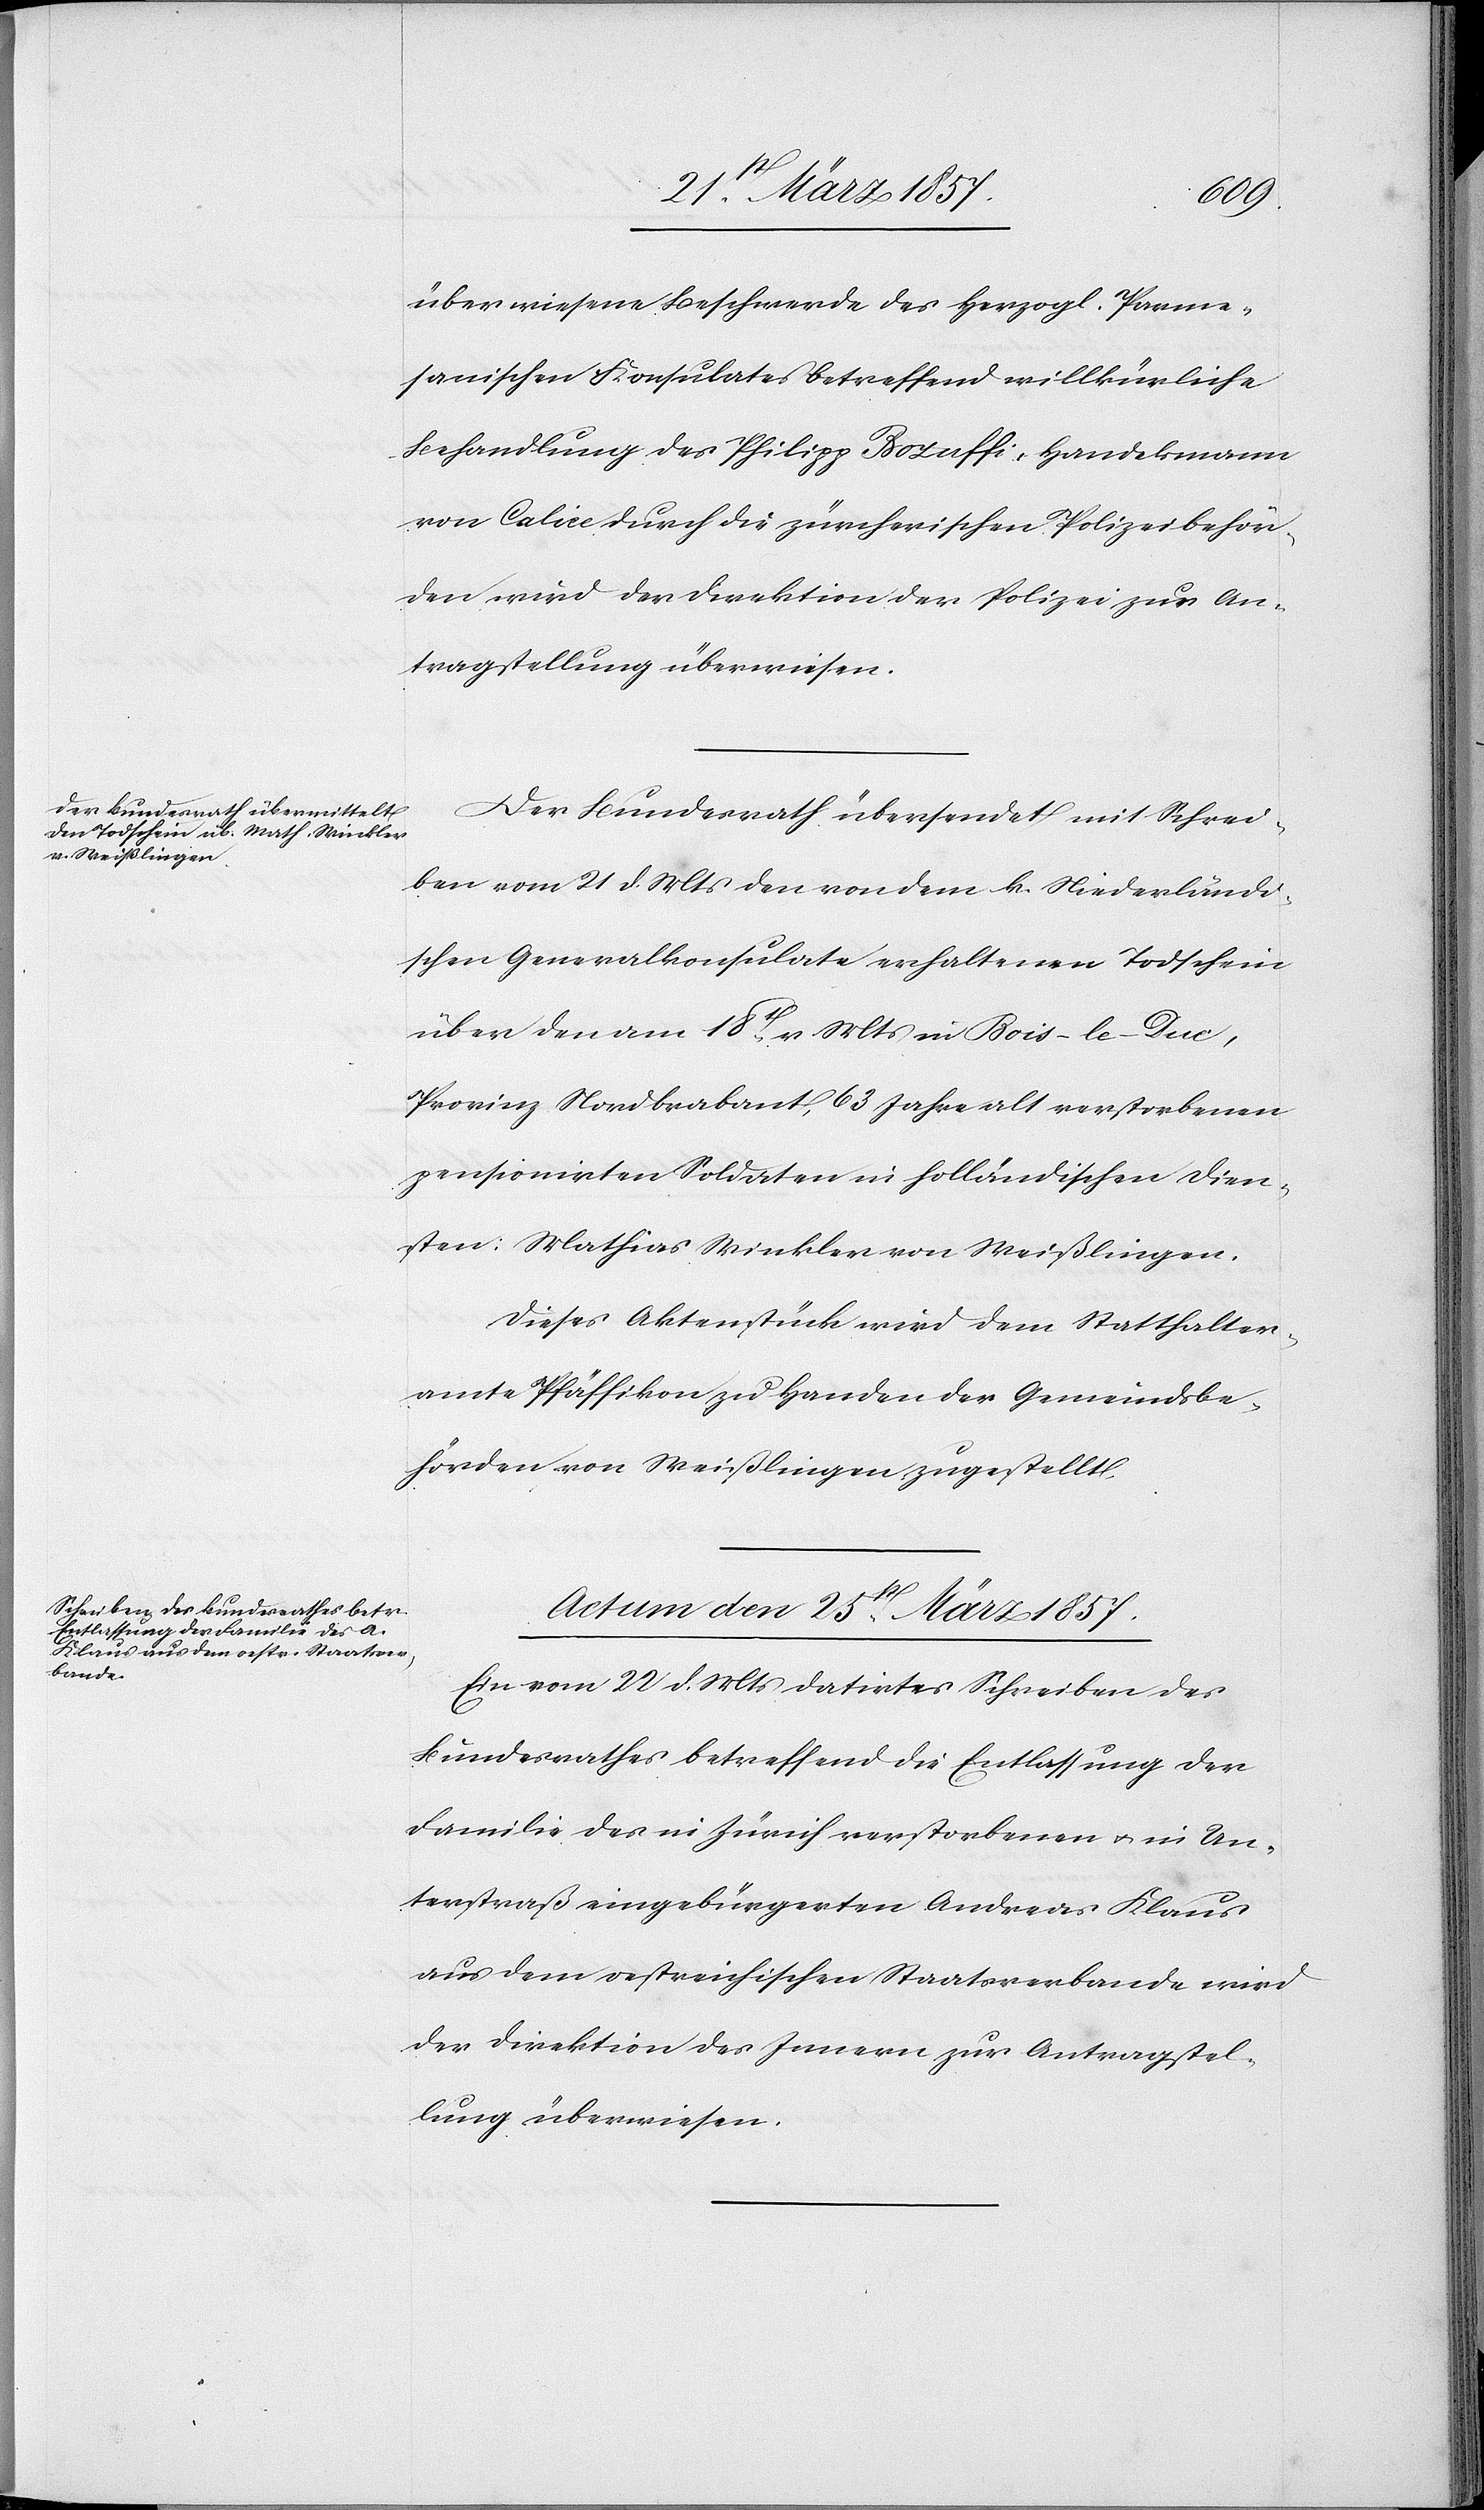
überwiesene Beschwerde des Herzogl. Parme¬
sanischen Konsulates betreffend willkürliche
Behandlung des Philipp Bozuffi, Handelsmann
von Calice durch die zürcherischen Polizeibehör¬
den wird der Direktion der Polizei zur An¬
tragstellung überwiesen.
Der Bundesrath übersendet mit Schrei¬
ben vom 21 d. Mts den von dem k. Niederländi¬
schen Generalkonsulate erhaltenen Todschein
über den am 18t v. Mts in Bois-le-Duc,
Provinz Nordbrabant, 63 Jahre alt verstorbenen
pensionirten Soldaten in holländischen Dien¬
sten: Mathias Winkler von Weißlingen.
Dieses Aktenstück wird dem Statthalter¬
amte Pfäffikon zu Handen der Gemeindsbe¬
hörden von Weißlingen zugestellt.
Actum den 25st März 1857.
Ein vom 22 d. Mts datirtes Schreiben des
Bundesrathes betreffend die Entlassung der
Familie des in Zürich verstorbenen u. in Un¬
terstraße eingebürgerten Andreas Klaus
aus dem oestreichischen Staatsverbande wird
der Direktion des Innern zur Antragstel¬
lung überwiesen.